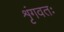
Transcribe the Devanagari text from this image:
शृंगवतः